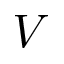
\boldsymbol { V }